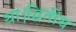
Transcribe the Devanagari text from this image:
था।द्वितीय